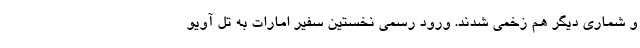
و شماری دیگر هم زخمی شدند. ورود رسمی نخستین سفیر امارات به تل آویو